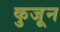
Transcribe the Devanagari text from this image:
कुजून